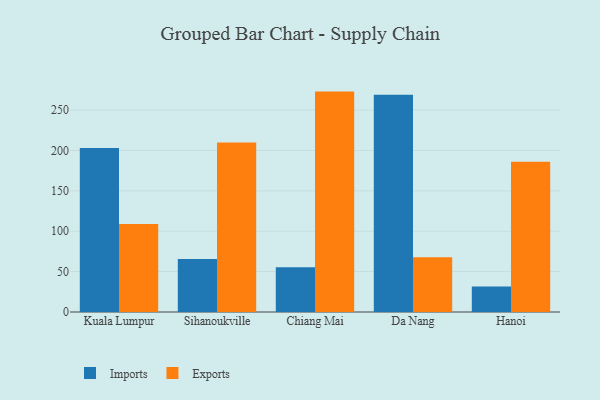
{"axis": {"x": "City", "y": "Market Share (%)"}, "legend": ["Exports", "Imports"], "data": [{"x": "Kuala Lumpur", "y": 203.0, "type": "Imports"}, {"x": "Kuala Lumpur", "y": 108.9, "type": "Exports"}, {"x": "Sihanoukville", "y": 65.6, "type": "Imports"}, {"x": "Sihanoukville", "y": 209.8, "type": "Exports"}, {"x": "Chiang Mai", "y": 55.4, "type": "Imports"}, {"x": "Chiang Mai", "y": 272.9, "type": "Exports"}, {"x": "Da Nang", "y": 269.1, "type": "Imports"}, {"x": "Da Nang", "y": 67.9, "type": "Exports"}, {"x": "Hanoi", "y": 31.7, "type": "Imports"}, {"x": "Hanoi", "y": 186.0, "type": "Exports"}]}